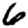
Digit: 6